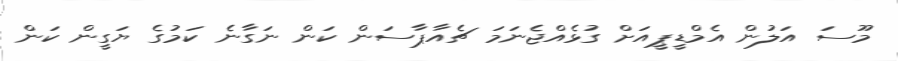
މޫސަ އަލުން އެމްޑީޕީއަށް ގުޅެއްޖެނަމަ ޗެެއާޕާސަން ކަން ނަގާނެ ކަމުގެ ޔަގީން ކަން